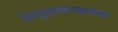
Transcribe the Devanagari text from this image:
विद्युतगत्यात्म्क